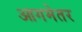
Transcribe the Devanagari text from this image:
आगमेतर